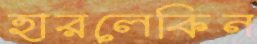
হারলেকিন